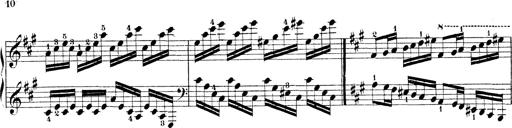
Title: Technische Studien
Composer: Franz Liszt